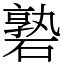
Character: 䃞